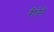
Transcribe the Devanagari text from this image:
रीतेने